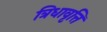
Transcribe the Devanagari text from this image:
त्रिधावृत्ति